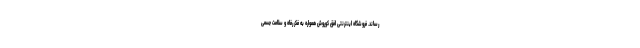
‌رساند. فروشگاه اینترنتی افق کوروش همواره به فکر رفاه و سلامت جسمی